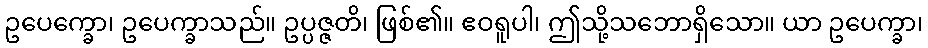
ဥပေက္ခော၊ ဥပေက္ခာသည်။ ဥပ္ပဇ္ဇတိ၊ ဖြစ်၏။ ဧဝရူပါ၊ ဤသို့သဘောရှိသော။ ယာ ဥပေက္ခာ၊